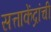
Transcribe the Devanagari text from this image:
सत्ताकेंद्रांची